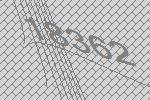
18362